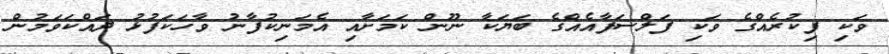
ވަކި ފިކުރެއްގެ ވަކި ފަލްސަފާއެއްގެ ބަޔަކާ ނޫން ކަމަށާއި އެމަނިކުފާނު ވާހަކަފުޅު ދައްކަވަމުން